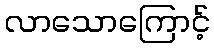
လာသောကြောင့်